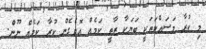
މި ކުރާ މަސައްކަތަކީ ބަޔަކާ ޒާތީ ކަމެއް އޮވެގެން ކުރާ ކަމެއް ނޫން.